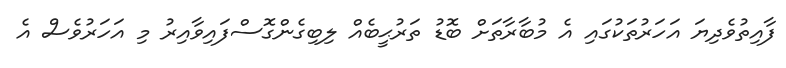
ފާއިތުވެދިޔަ އަހަރުތަކުގައި އެ މުބާރާތަށް ބޮޑު ތަރުޙީބެއް ލިބިގެންގޮސްފައިވާއިރު މި އަހަރުވެސް އެ